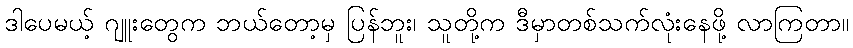
ဒါပေမယ့် ဂျူးတွေက ဘယ်တော့မှ ပြန်ဘူး၊ သူတို့က ဒီမှာတစ်သက်လုံးနေဖို့ လာကြတာ။